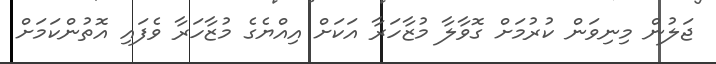
ޖަލުން މިނިވަން ކުރުމަށް ގޮވާލާ މުޒާހަރާ އަކަށް އިއްޔެގެ މުޒާހަރާ ވެފައި އޮތުންކަމަށް